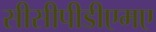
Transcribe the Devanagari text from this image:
सीसीपीडीएमए